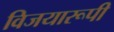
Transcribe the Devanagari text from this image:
विजयारूपी